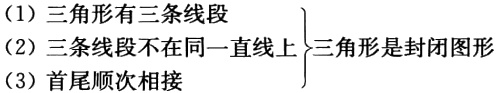
\begin{align*}
&(1)\text{ 三角形有三条线段}\\
&(2)\text{ 三条线段不在同一直线上}\\
&(3)\text{ 首尾顺次相接}
\end{align*}
\Bigg\}\text{三角形是封闭图形}